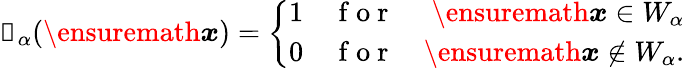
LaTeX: \mathbb{1}_{\alpha}(\ensuremath{\boldsymbol{{x}}})=\left\{ \begin{array}{lcr}{1}&{\mathrm{~f~o~r~}}&{\ensuremath{\boldsymbol{{x}}}\in W_{\alpha}}\\ {0}&{\mathrm{~f~o~r~}}&{\ensuremath{\boldsymbol{{x}}}\notin W_{\alpha}.}\end{array}\right.